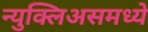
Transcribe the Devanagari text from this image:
न्युक्लिअसमध्ये